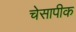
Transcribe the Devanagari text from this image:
चेसापीक